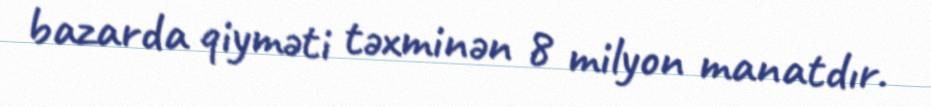
bazarda qiyməti təxminən 8 milyon manatdır.